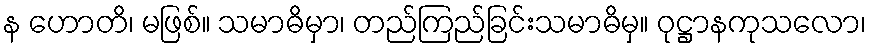
န ဟောတိ၊ မဖြစ်။ သမာဓိမှာ၊ တည်ကြည်ခြင်းသမာဓိမှ။ ဝုဋ္ဌာနကုသလော၊